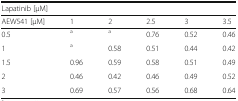
<table><thead><tr><td colspan="6"><b>Lapatinib [μM]</b></td></tr><tr><td><b>AEW541 [μM]</b></td><td><b>1</b></td><td><b>2</b></td><td><b>2.5</b></td><td><b>3</b></td><td><b>3.5</b></td></tr></thead><tbody><tr><td>0.5</td><td><sup>a</sup></td><td><sup>a</sup></td><td>0.76</td><td>0.52</td><td>0.46</td></tr><tr><td>1</td><td><sup>a</sup></td><td>0.58</td><td>0.51</td><td>0.44</td><td>0.42</td></tr><tr><td>1.5</td><td>0.96</td><td>0.59</td><td>0.58</td><td>0.51</td><td>0.49</td></tr><tr><td>2</td><td>0.46</td><td>0.42</td><td>0.46</td><td>0.49</td><td>0.52</td></tr><tr><td>3</td><td>0.69</td><td>0.57</td><td>0.56</td><td>0.68</td><td>0.64</td></tr></tbody></table>